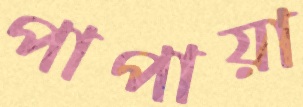
পাপায়া